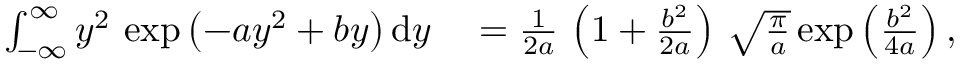
\begin{array} { r l } { \int _ { - \infty } ^ { \infty } y ^ { 2 } \, \exp \left( - a y ^ { 2 } + b y \right) \mathrm { d } y } & { { } = \frac { 1 } { 2 a } \, \left( 1 + \frac { b ^ { 2 } } { 2 a } \right) \, \sqrt { \frac { \pi } { a } } \exp \left( \frac { b ^ { 2 } } { 4 a } \right) , } \end{array}